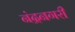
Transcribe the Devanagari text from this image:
नंद्रनगरी